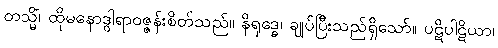
တသ္မိံ၊ ထိုမနောဒွါရာဝဇ္ဇန်းစိတ်သည်။ နိရုဒ္ဓေ၊ ချုပ်ပြီးသည်ရှိသော်။ ပဋိပါဋိယာ၊